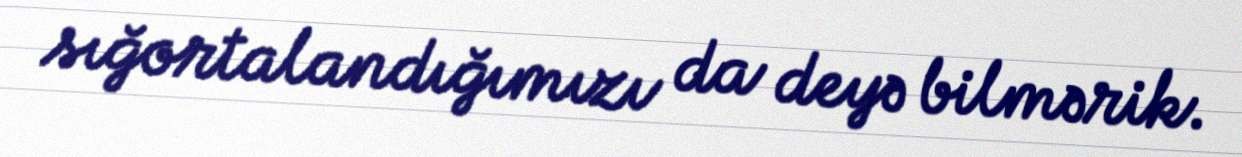
sığortalandığımızı da deyə bilmərik.